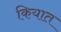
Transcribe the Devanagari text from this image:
कियात